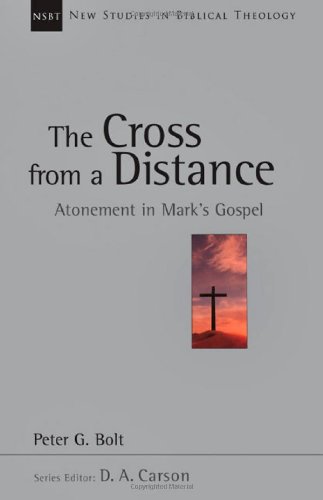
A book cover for The Cross from a Distance: Atonement in Mark's Gospel (New Studies in Biblical Theology); Peter G. Bolt; Religion & Spirituality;